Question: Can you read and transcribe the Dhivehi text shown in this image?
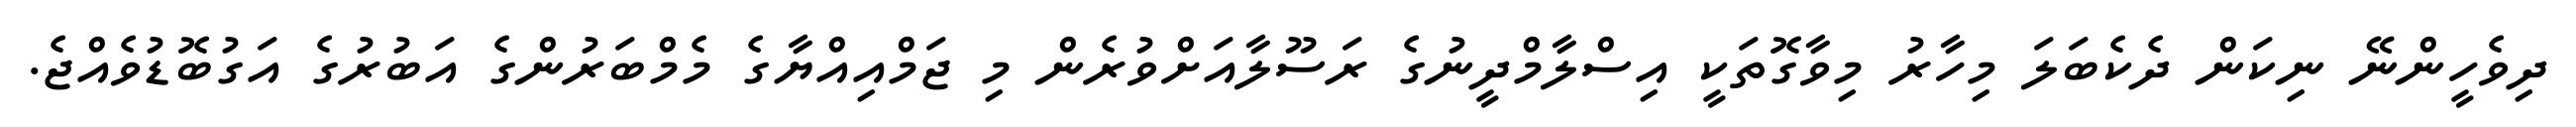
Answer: ދިވެހީންނޭ ނިކަން ދެކެބަލަ މިހާރު މިވާގޮތަކީ އިސްލާމްދީނުގެ ރަސޫލާއަށްވުރެން މި ޖަމްއިއްޔާގެ މެމްބަރުންގެ އަބުރުގެ އަގުބޮޑުވެއްޖެ.